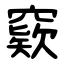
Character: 窽